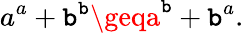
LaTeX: a^{a}+\mathtt{b}^{\mathtt{b}}\geqa^{\mathtt{b}}+\mathtt{b}^{a}.